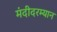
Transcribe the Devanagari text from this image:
मंदीदरम्यान